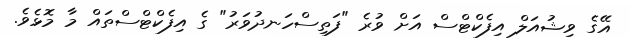
އޭގެ ވިޝުއަލް އިފެކްޓްސް އަށް ވުރެ "ފަތިސްހަނދުވަރު" ގެ އިފެކްޓްސްތައް މާ މޮޅެވެ.